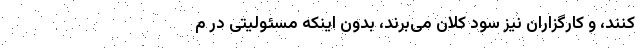
‌کنند، و کارگزاران نیز سود کلان می‌برند، بدون اینکه مسئولیتی در م